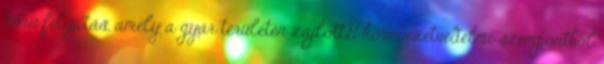
körû felújítás, amely a gyár területén zajlott,Û környezetvédelmi szempontból